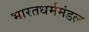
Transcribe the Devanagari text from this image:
भारतधर्ममंडल